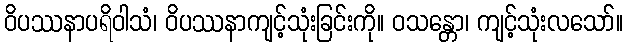
ဝိပဿနာပရိဝါသံ၊ ဝိပဿနာကျင့်သုံးခြင်းကို။ ဝသန္တော၊ ကျင့်သုံးလသော်။